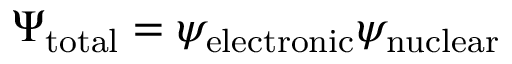
\Psi _ { \mathrm { t o t a l } } = \psi _ { \mathrm { e l e c t r o n i c } } \psi _ { \mathrm { n u c l e a r } }